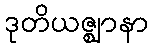
ဒုတိယဇ္ဈာနာ